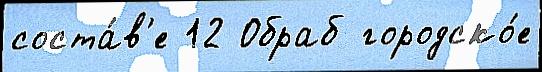
соста́в'е 12 Обраб городско́е